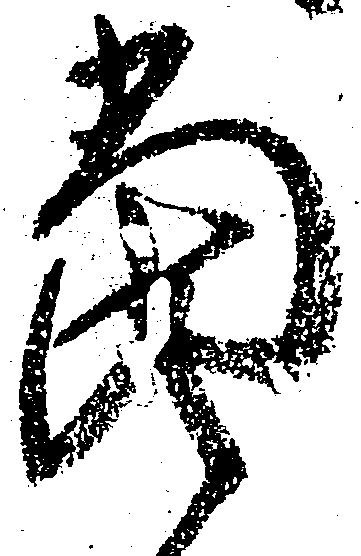
当